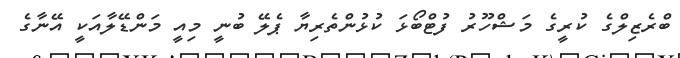
ބްރެޒިލްގެ ކުރީގެ މަޝްހޫރު ފުޓްބޯޅަ ކުޅުންތެރިޔާ ޕެލޭ ބުނީ މިއީ މަންޑޭލާއަކީ އޭނާގެ